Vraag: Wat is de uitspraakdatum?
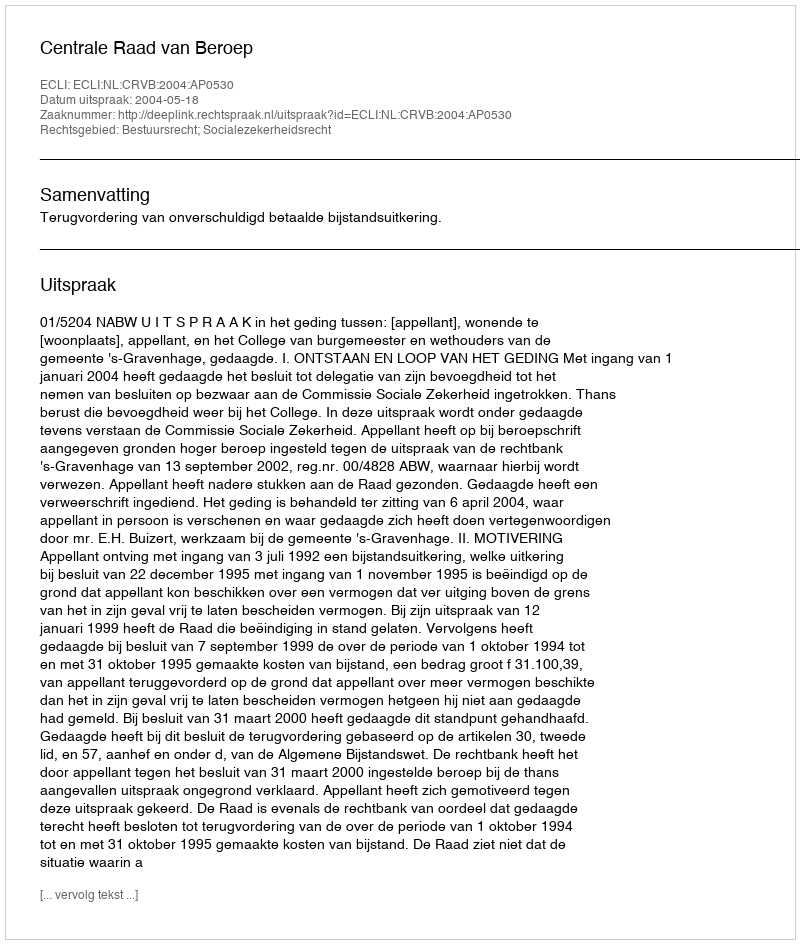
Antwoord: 2004-05-18